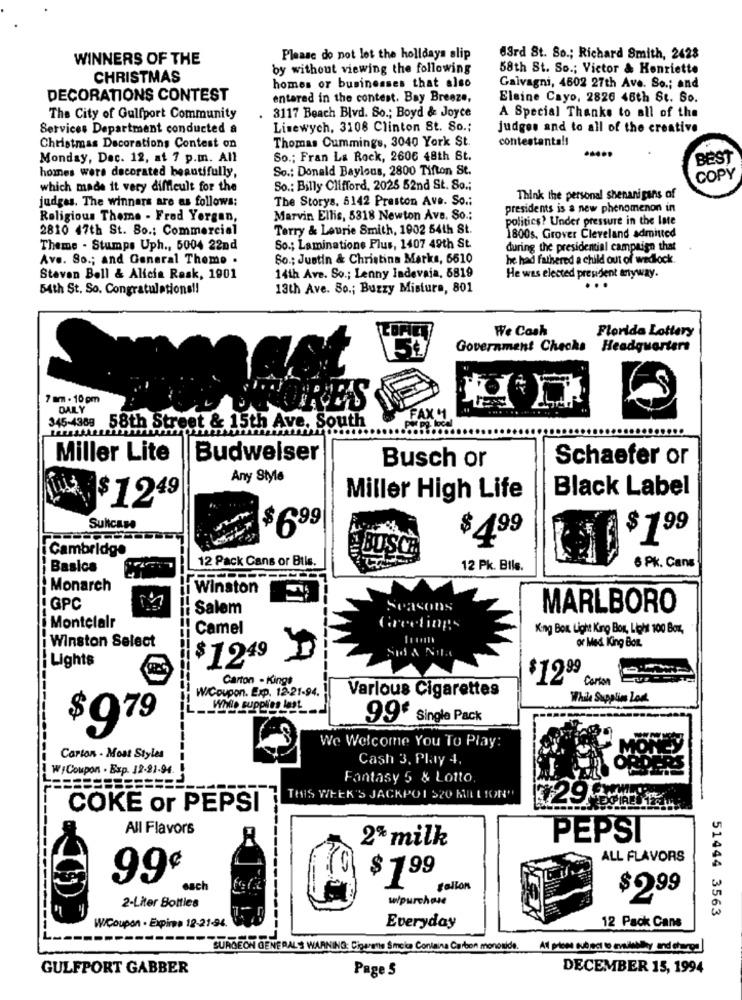
WINNERS OF THE
Please do not let the holidays slip
63rd St. So .; Richard Smith, 2428
by without viewing the following
58th St. So .; Victor & Henriette
CHRISTMAS
homes or businesses that also
Galvagni, 4602 27th Ave. So .; and
DECORATIONS CONTEST
entered in the contest. Bay Breeze,
Elaine Cayo, 2826 46th St. So.
The City of Gulfport Community
3117 Beach Blvd. So .; Boyd & Joyce
A Special Thanks to all of the
Services Department conducted a
Lisewych, 3108 Clinton St. So .;
judges and to all of the creative
Thomas Cummings, 3040 York St.
contestants !!
Christmas Decorations Contest on
Monday, Dec. 12, at 7 p.m. All
So .; Fran La Rock, 2606 48th St.
BEST
homes wers decorated beautifully,
So .: Donald Baylous, 2800 Tifton St.
COPY
which made it very difficult for the
So .: Billy Clifford, 2025 52nd St. So .;
judges. The winners are as follows:
The Storys. 5142 Preston Ave. So .:
Think the personal shenanigans of
presidents is a new phenomenon in
Religious Theme - Fred Yorgan,
Marvin Ellis, 5318 Newton Ave. So .;
politics? Under pressure in the Inte
2810 47th St. Bo .: Commercial
Terry & Laurie Smith, 1902 54th St.
1800s. Grover Cleveland admitted
Theme . Stumps Uph ., 5004 22nd
So .; Laminatione Plus, 1407 49th St.
during the presidential campaign that
Ave. So .; and General Theme .
So .; Justin & Christina Marks, 6610
he had fathered a child out of wedlock.
Steven Bell & Alicia Rask, 1901
14th Ave. So .; Lenny Indevaia, 5819
He was elected president anyway.
54th St. So. Congratulations !!
13th Ave. So .; Buzzy Mistura, 801
...
We Cash
Florida Lottery
Government Checks
Headquarters
7 mm - 10 pm
DAIRY
STORES
FAX 4
345-436: 58th Street & 15th Ave. South
Miller Lite
Budweiser
Schaefer or
Busch or
Any Style
Black Label
$ 1249
Miller High Life
Sultcase
$6.99
$ 199
Cambridge
BUS
$499
12 Pack Cans or Btis.
Basics
12 Pk. Bils.
6 Pk. Cans
Monarch
Winston
GPC
Salem
Seasons
MARLBORO
Montelalr
Camel
Greetings
King Box Light King Box, Light 100 Boz,
Winston Select
or Med King Box.
i Lights
$1249
Carton - Kings
$1295
Carton
W/Coupon. Exp. 12-21-94.
Various Cigarettes
While Supplies Lost
While supplies last __
99 Single Pack
$979
We Welcome You To Play:
Carton - Most Styles
Cash 3. Play 4.
W/Coupon . Exp. 12.81-94.
Fantasy 5 & Lotto
THIS WEEK'S JACKPOI S20 MILLION"
COKE or PEPSI
All Flavors
2* milk
PEPSI
ALL FLAVORS
99€
ach
$ 199
fallon
wipurchase
$2.99
2-Liter Bottles
51444 3563
W/Coupon . Expire 12-21-94.
Everyday
12 Pack Cans
SURGEON GENERAL WARNING: Cigaretta Sicie Containa Carbon monoxide.
GULFPORT GABBER
DECEMBER 15, 1994
Page S